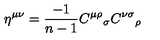
\eta ^ { \mu \nu } = \frac { - 1 } { n - 1 } { C ^ { \mu \rho } } _ { \sigma } { C ^ { \nu \sigma } } _ { \rho }